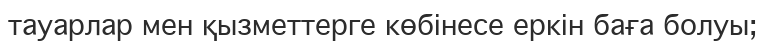
тауарлар мен қызметтерге көбінесе еркін баға болуы;